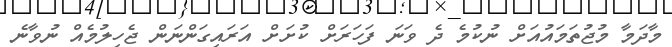
މާދަމާ މުޖުތަމައުއަށް ނުކުމެ ދެ ވަނަ ފަހަރަަށް ކުށަށް އަރައިގަންނަން ޖެހިލުމެއް ނުވާނެ